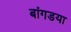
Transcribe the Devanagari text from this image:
बांगडया